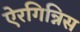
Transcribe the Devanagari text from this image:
ऐरगिन्निस